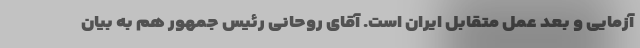
آزمایی و بعد عمل متقابل ایران است. آقای روحانی رئیس جمهور هم به بیان